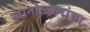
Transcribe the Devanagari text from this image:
खानोलकरांचा